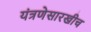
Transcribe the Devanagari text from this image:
यंत्रणेसारखीच